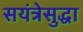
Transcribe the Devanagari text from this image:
सयंत्रेसुद्धा